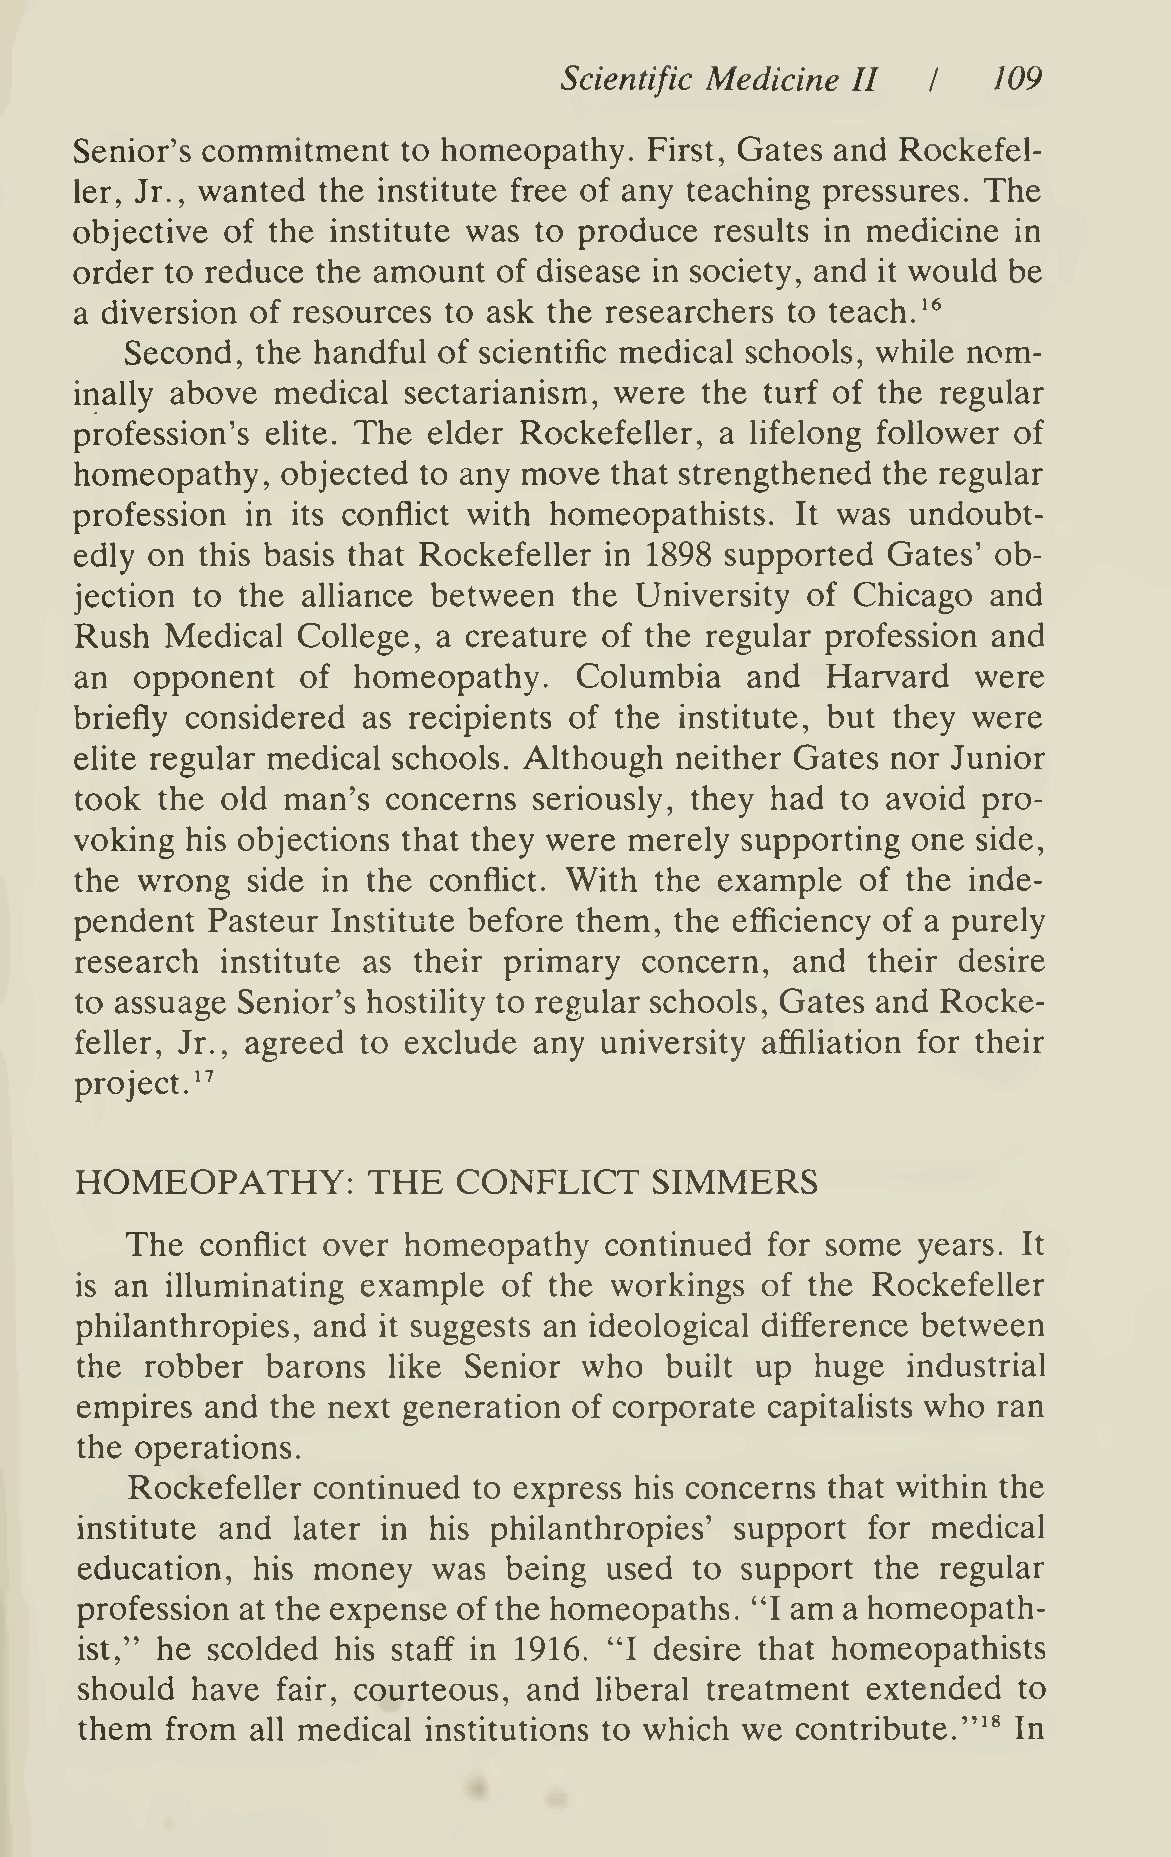
Scientific Medicine II   I   109
 Senior's commitment   to homeopathy.  First, Gates and Rockefel-
 ler, Jr., wanted the institute free of any teaching pressures. The
 objective of the institute was to produce results in medicine in
 order to reduce the amount  of disease in society, and it would be
 a diversion of resources to ask the researchers to teach. '^
 Second,  the handful of scientific medical schools, while nom-
 inally above medical  sectarianism, were the  turf of the regular
 profession's elite. The elder Rockefeller, a lifelong follower of
 homeopathy,   objected to any move that strengthened the regular
 profession in its conflict with homeopathists.  It was undoubt-
 edly on this basis that Rockefeller in 1898 supported Gates' ob-
 jection to the alliance between  the University of Chicago   and
 Rush  Medical  College, a creature of the regular profession and
 an  opponent   of homeopathy.    Columbia   and   Harvard   were
 briefly considered as recipients of the institute, but they were
 elite regular medical schools. Although neither Gates nor Junior
 took the  old man's  concerns seriously, they had  to avoid pro-
 voking his objections that they were merely supporting one  side,
 the wrong  side in the conflict. With the  example  of the inde-
 pendent  Pasteur Institute before them, the efficiency of a purely
 research  institute as their primary  concern, and  their desire
 to assuage Senior's hostihty to regular schools. Gates and Rocke-
 feller, Jr., agreed to exclude any university affiUation for their
 project. ^^
 HOMEOPATHY:        THE   CONFLICT     SIMMERS
 The  conflict over homeopathy   continued  for some  years. It
 is an illuminating example  of the workings  of the  Rockefeller
 philanthropies, and   suggests an ideological difference between
 it
 the  robber  barons  like Senior  who  built up  huge  industrial
 empires  and the next generation of corporate capitalists who ran
 the operations.
 Rockefeller continued to express his concerns that within the
 institute and later in his philanthropies'  support for  medical
 education,  his money   was being  used  to support  the regular
 profession at the expense of the homeopaths. "I am a homeopath-
 ist," he scolded his staff in 1916. "I desire that homeopathists
 should  have fair, courteous, and liberal treatment extended  to
 them  from  all medical institutions to which we contribute."^* In